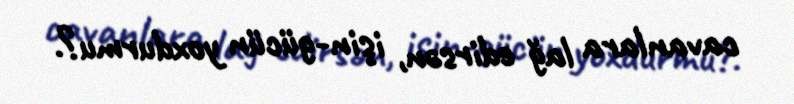
cavanlara lağ edirsən, işin-gücün yoxdurmu?.